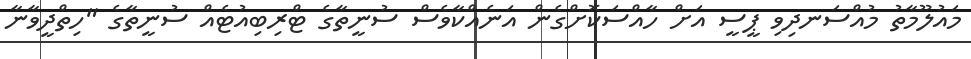
މައުލޫމާތު މުއްސަނދިވި ޕީސީ އަށް ހާއްސަކޮށްގެން އަނެއްކާވެސް ސުނީތާގެ ޓްރިބިއުޓެއް ސުނީތާގެ "ހިތްދީވާނާ